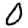
Digit: 0